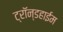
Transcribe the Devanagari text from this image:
ट्रॉन्डहाईम